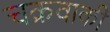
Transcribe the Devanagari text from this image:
चक्रवाकी